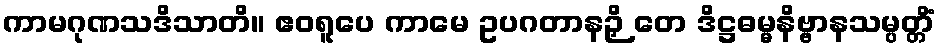
ကာမဂုဏသဒိသာတိ။ ဧဝရူပေ ကာမေ ဥပဂတာနဉှိ တေ ဒိဋ္ဌဓမ္မနိဗ္ဗာနသမ္ပတ္တိံ